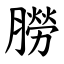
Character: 朥